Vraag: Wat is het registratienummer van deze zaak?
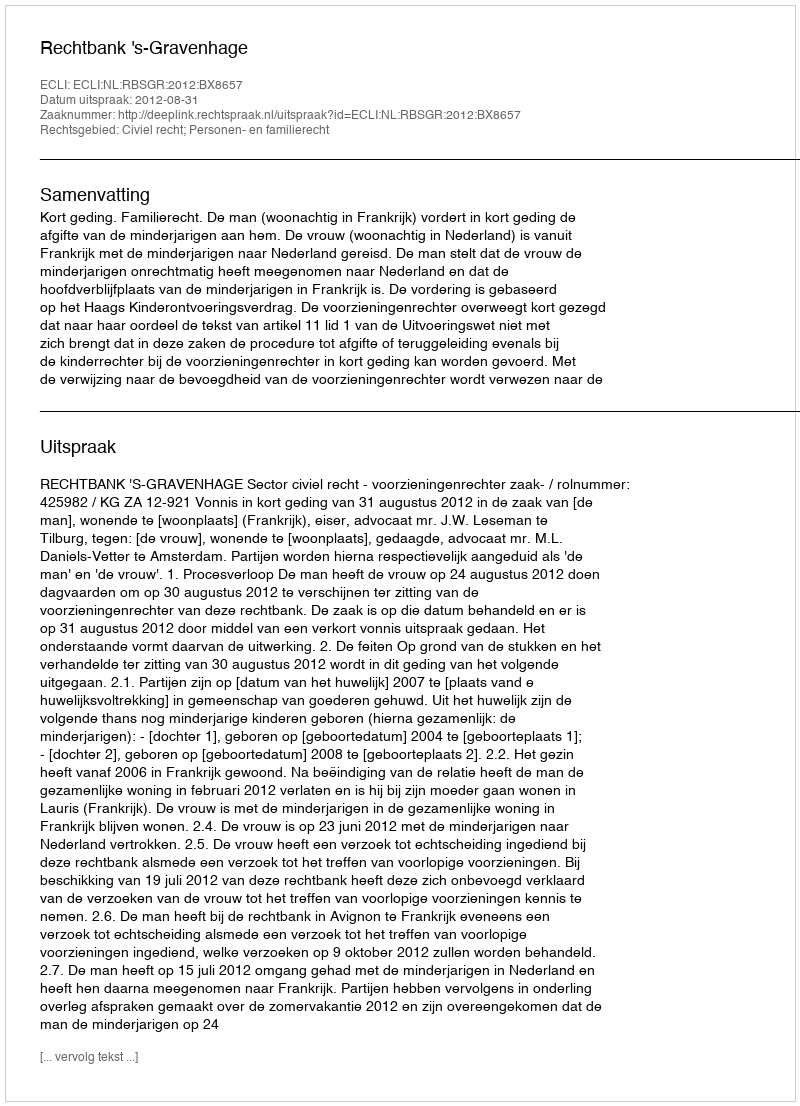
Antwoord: http://deeplink.rechtspraak.nl/uitspraak?id=ECLI:NL:RBSGR:2012:BX8657